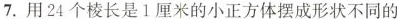
7.用24个棱长是1厘米的小正方体摆成形状不同的